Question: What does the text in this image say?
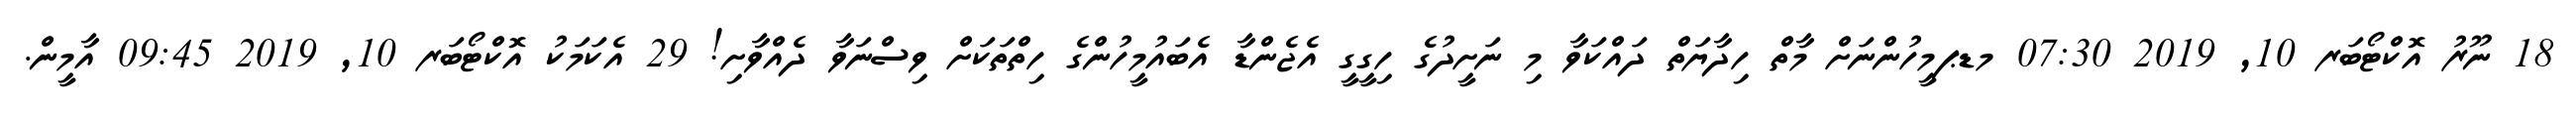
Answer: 18 ނޫރު އޮކްޓޯބަރ 10, 2019 07:30 މޑޕމީހުންނަށް މާތް ހިދާޔަތް ދައްކަވާ މި ނަށީދުގެ ހިގީގީ އެޖެންޑާ އެބައުމީހުންގެ ހިތްތަކަށް ވިސްނަވާ ދެއްވާށި! 29 އެކަމަކު އޮކްޓޯބަރ 10, 2019 09:45 އާމީން.